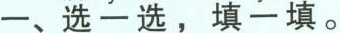
一、选一选，填一填。